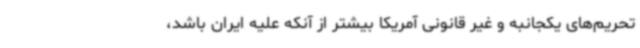
تحریم‌های یکجانبه و غیر قانونی آمریکا بیشتر از آنکه علیه ایران باشد،